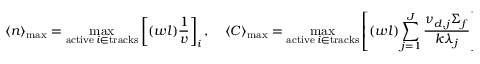
\langle n \rangle _ { \mathrm { m a x } } = \operatorname* { m a x } _ { \substack { \mathrm { a c t i v e } \, i \in \mathrm { t r a c k s } } } \left[ ( w l ) \frac { 1 } { v } \right] _ { i } , \quad \langle C \rangle _ { \mathrm { m a x } } = \operatorname* { m a x } _ { \substack { \mathrm { a c t i v e } \, i \in \mathrm { t r a c k s } } } \left[ ( w l ) \sum _ { j = 1 } ^ { J } \frac { \nu _ { d , j } \Sigma _ { f } } { k \lambda _ { j } } \right] _ { i } ,